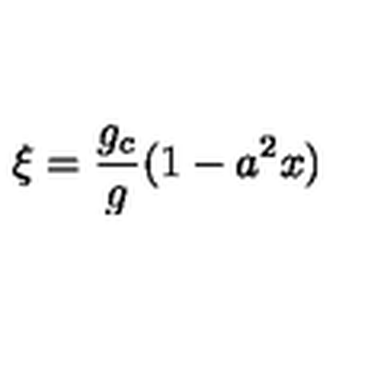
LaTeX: \xi = \frac { g _ { c } } { g } ( 1 - a ^ { 2 } x )